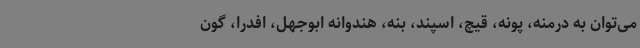
می‌توان به درمنه، پونه، قیچ، اسپند، بنه، هندوانه ابوجهل، افدرا، گون